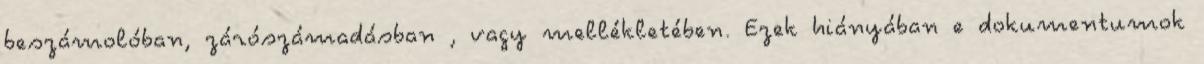
beszámolóban, zárószámadásban , vagy mellékletében. Ezek hiányában e dokumentumok